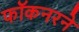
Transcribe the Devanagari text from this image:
फॉकनरने